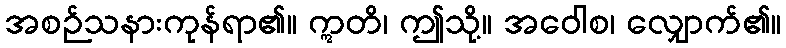
အစဉ်သနားကုန်ရာ၏။ ဣတိ၊ ဤသို့။ အဝေါစ၊ လျှောက်၏။